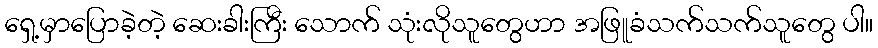
ရှေ့မှာပြောခဲ့တဲ့ ဆေးခါးကြီး သောက် သုံးလိုသူတွေဟာ အဖြူခံသက်သက်သူတွေ ပါ။